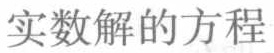
实数解的方程